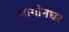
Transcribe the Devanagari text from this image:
भागीनघर